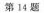
第14题